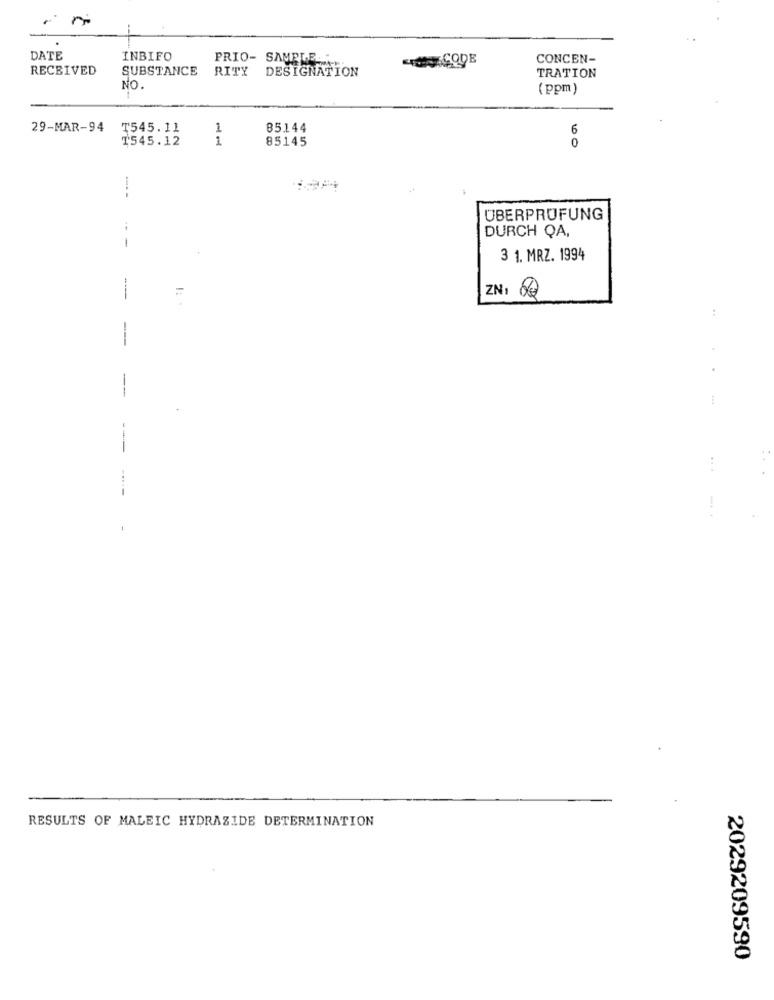
DATE
INBIFO
PRIO- SAMELE ...
CONCEN-
RECEIVED
SUBSTANCE
RITY
DESIGNATION
TRATION
NO
(ppm)
29-MAR-94
₸545.11
1
85.144
6
₸545.12
1
85145
0
ÜBERPRÜFUNG
DURCH QA,
-
3 1. MRZ. 1994
-
1:
ZN: 60
:
.
...
RESULTS OF MALEIC HYDRAZIDE DETERMINATION
2029209590